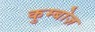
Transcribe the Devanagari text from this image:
कुम्बोज़